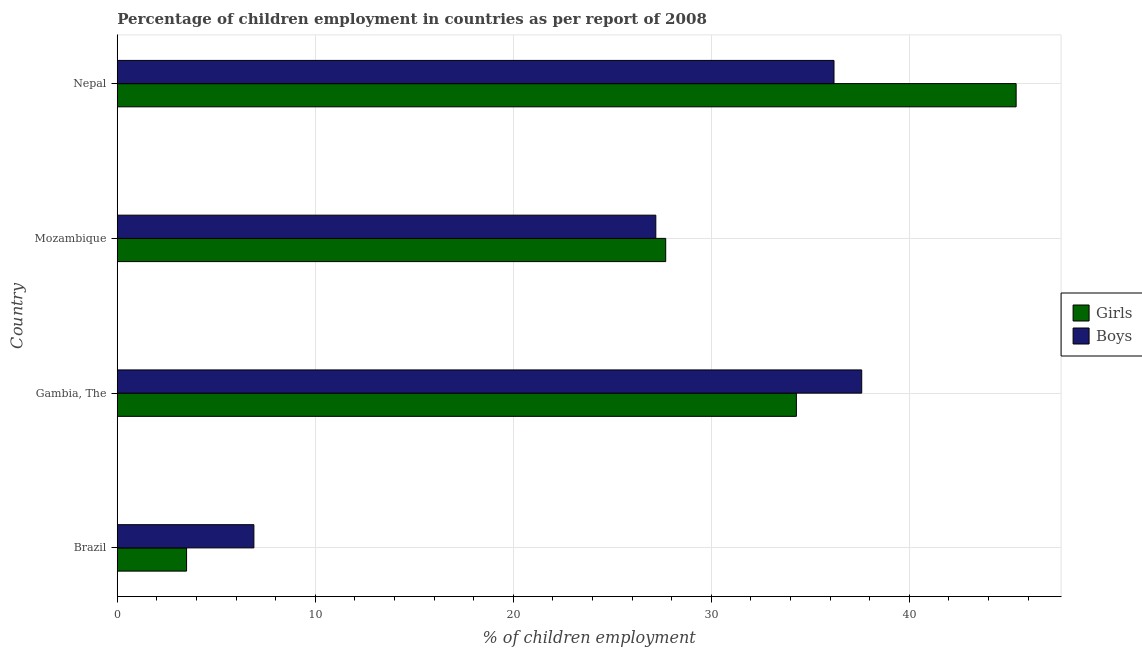
| Country | Girls | Boys |
 | --- | --- | --- |
 | Brazil | 3.5 | 6.9 |
 | Gambia, The | 34.3 | 37.6 |
 | Mozambique | 27.7 | 27.2 |
 | Nepal | 45.4 | 36.2 |